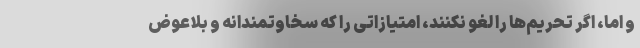
و اما، اگر تحریم‌ها را لغو نکنند، امتیازاتی را که سخاوتمندانه و بلاعوض